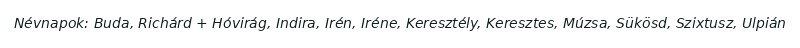
Névnapok: Buda, Richárd + Hóvirág, Indira, Irén, Iréne, Keresztély, Keresztes, Múzsa, Sükösd, Szixtusz, Ulpián